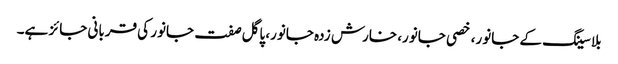
بلا سینگ کے جانور، خصی جانور، خارش زدہ جانور، پاگل صفت جانور کی قربانی جائز ہے۔